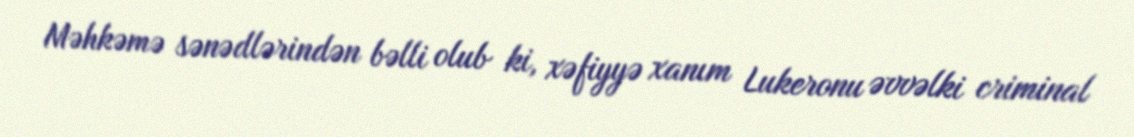
Məhkəmə sənədlərindən bəlli olub ki, xəfiyyə xanım Lukeronu əvvəlki criminal